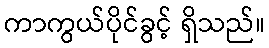
ကာကွယ်ပိုင်ခွင့် ရှိသည်။